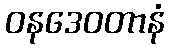
ဝနဒေဝတာနံ